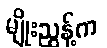
မျိုးညွန့်က